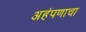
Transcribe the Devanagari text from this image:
अहंपणाचा